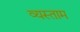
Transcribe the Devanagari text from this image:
व्यस्ताम